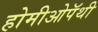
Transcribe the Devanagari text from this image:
होमीओपॅथी